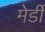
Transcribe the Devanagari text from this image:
मेर्डी